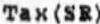
TAX (SR)